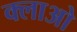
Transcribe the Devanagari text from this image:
क्लाओ